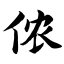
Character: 侬